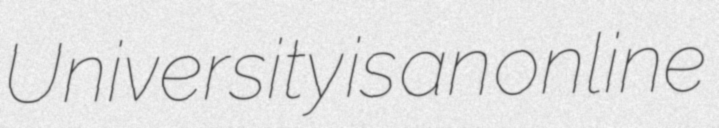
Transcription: University is an online